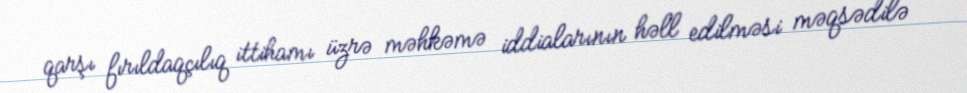
qarşı fırıldaqçılıq ittihamı üzrə məhkəmə iddialarının həll edilməsi məqsədilə